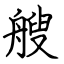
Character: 艘